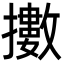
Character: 擻